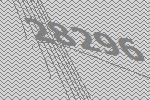
28296